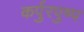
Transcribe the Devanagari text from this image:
कर्पुरपुष्प